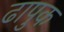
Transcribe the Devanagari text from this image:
ढापुक